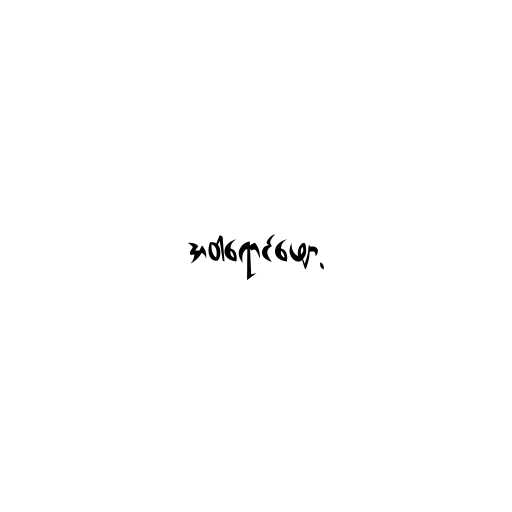
အဝါရောင်ဖျော့